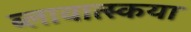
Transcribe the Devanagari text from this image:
ब्लावात्स्कया